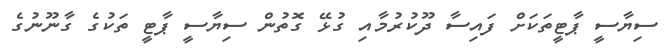
ސިޔާސީ ޕާޓީތަކަށް ފައިސާ ދޫކުރުމާއި ގުޅޭ ގޮތުން ސިޔާސީ ޕާޓީ ތަކުގެ ގާނޫނުގެ